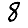
Digit: 8